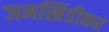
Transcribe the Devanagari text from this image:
जमखिंडीकर